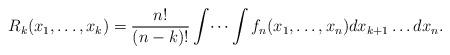
LaTeX: \begin{align*}R_k(x_1,\dots,x_k) = \frac{n!}{(n-k)!}\int\dots\int f_n(x_1,\dots,x_n)dx_{k+1}\dots dx_{n}.\end{align*}